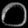
Digit: ၀